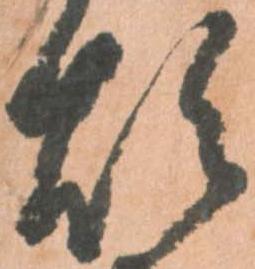
煩